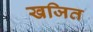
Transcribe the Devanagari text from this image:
खजित